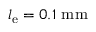
l _ { \mathrm { e } } = 0 . 1 \ \mathrm { m m }